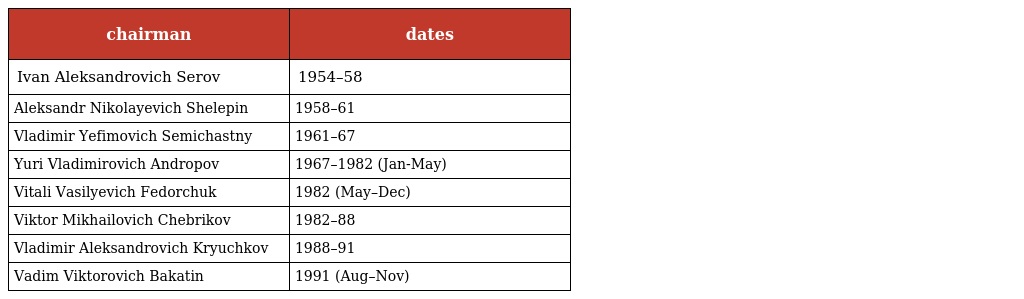
| chairman | dates |
 | --- | --- |
 | Ivan Aleksandrovich Serov | 1954–58 |
 | Aleksandr Nikolayevich Shelepin | 1958–61 |
 | Vladimir Yefimovich Semichastny | 1961–67 |
 | Yuri Vladimirovich Andropov | 1967–1982 (Jan-May) |
 | Vitali Vasilyevich Fedorchuk | 1982 (May–Dec) |
 | Viktor Mikhailovich Chebrikov | 1982–88 |
 | Vladimir Aleksandrovich Kryuchkov | 1988–91 |
 | Vadim Viktorovich Bakatin | 1991 (Aug–Nov) |